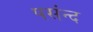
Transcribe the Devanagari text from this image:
पसंन्द